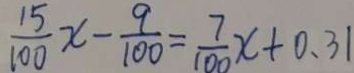
\frac { 1 5 } { 1 0 0 } x - \frac { 9 } { 1 0 0 } = \frac { 7 } { 1 0 0 } x + 0 . 3 1